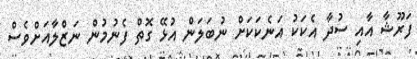
ފަރޫޝާ އާއި ސުދާ އެކަކު އަނެކަކަށް ނުބަލަން އުޅޭ ގޮތް ފެނުމުން ނަޒްލާއަށްވެސް